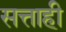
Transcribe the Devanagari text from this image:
सत्ताही